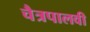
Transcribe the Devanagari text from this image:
चैत्रपालवी